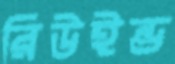
রিউইন্ড